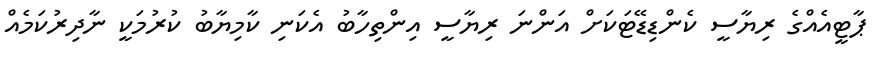
ޕާޓީއެއްގެ ރިޔާސީ ކެންޑިޑޭޓަކަށް އަންނަ ރިޔާސީ އިންތިހާބު އެކަނި ކާމިޔާބު ކުރުމަކީ ނާދިރުކަމެއް